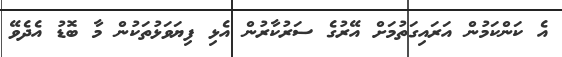
އެ ކަންކަމުން އަރައިގަތުމަށް އޭރުގެ ސަރުކާރުން އެޅި ފިޔަވަޅުތަކުން މާ ބޮޑު އެދެވޭ